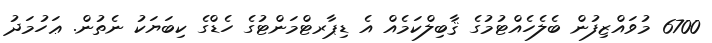
6700 މުވައްޒިފުން ބެލެހެއްޓުމުގެ ޤާބިލްކަމެއް އެ ޑިޕާރޓްމަންޓުގެ ހެޑްގެ ކިބަޔަކު ނެތުން. ޢަހުމަދު